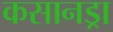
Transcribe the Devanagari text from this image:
कसानड्रा